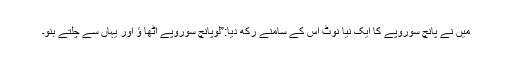
میں نے پانچ سوروپے کا ایک نیا نوٹ اس کے سامنے رکھ دیا:”لوپانچ سوروپے اْٹھا ؤ اور یہاں سے چلتے بنو۔